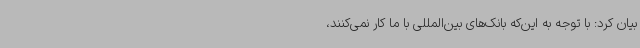
بیان کرد: با توجه به این‌که بانک‌های بین‌المللی با ما کار نمی‌کنند،